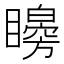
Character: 矈